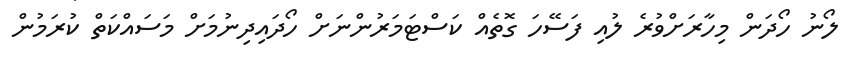
ލޯނު ހޯދަން މިހާރަށްވުރެ ލުއި ފަސޭހަ ގޮތެއް ކަސްޓަމަރުންނަށް ހޯދައިދިނުމަށް މަސައްކަތް ކުރަމުން